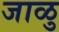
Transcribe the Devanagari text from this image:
जाळु